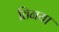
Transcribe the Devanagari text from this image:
तिनया